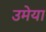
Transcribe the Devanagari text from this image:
उमेया